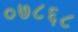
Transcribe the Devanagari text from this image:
०७८६८